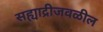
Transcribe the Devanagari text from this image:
सह्याद्रीजवळील